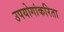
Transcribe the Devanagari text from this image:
उपयोगांकरिता